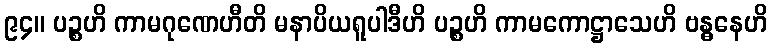
၉၄။ ပဉ္စဟိ ကာမဂုဏေဟီတိ မနာပိယရူပါဒီဟိ ပဉ္စဟိ ကာမကောဋ္ဌာသေဟိ ဗန္ဓနေဟိ